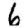
Digit: 6